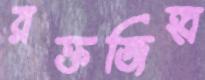
রক্তজিহ্ব